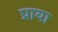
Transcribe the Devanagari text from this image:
प्राया